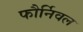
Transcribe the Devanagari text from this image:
फौर्निवल